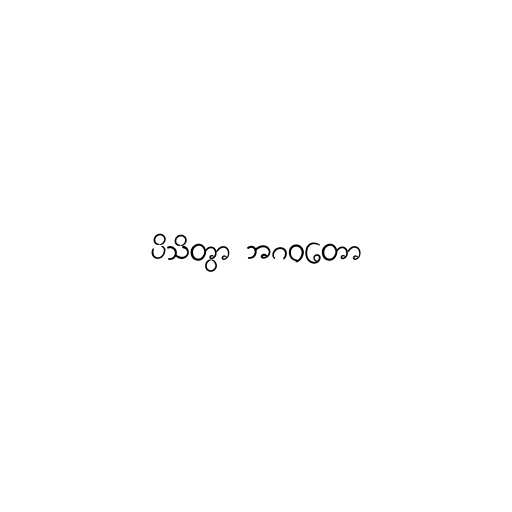
ပိသိတွာ ဘဂဝတော